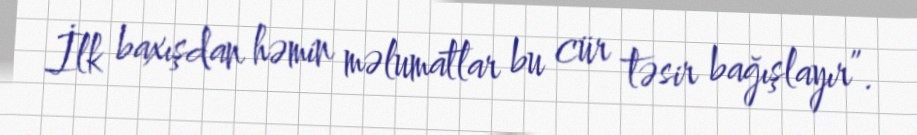
İlk baxışdan həmin məlumatlar bu cür təsir bağışlayır”.